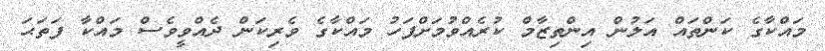
މައްކާގެ ކަންތައް އަލުން އިންތިޒާމް ކުރެއްވުމަށްފަހު މައްކާގެ ވެރިކަން ދެއްވީވެސް މައްކާ ފަތަޙަ